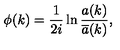
\phi ( k ) = { \frac 1 { 2 i } } \ln \frac { a ( k ) } { \overline { { a } } ( k ) } ,